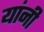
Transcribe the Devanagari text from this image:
यांंनी